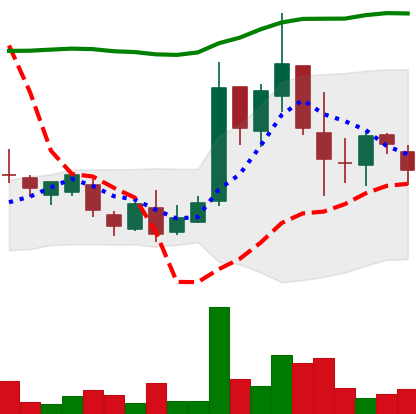
Ticker: LTC-USD
Chart end date: 2017-03-22
Forward return: 3.526%
Label: up_3_5